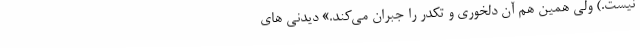
نیست.) ولی همین هم آن دلخوری و تکدّر را جبران می‌کند.» دیدنی های